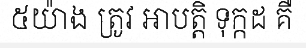
៥យ៉ាង ត្រូវ អាបត្តិ ទុក្កដ គឺ